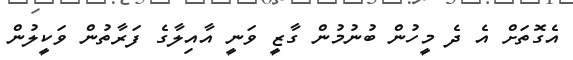
އެގޮތަށް އެ ދެ މީހުން ބުނުމުން ގާޒީ ވަނީ އާއިލާގެ ފަރާތުން ވަކީލުން